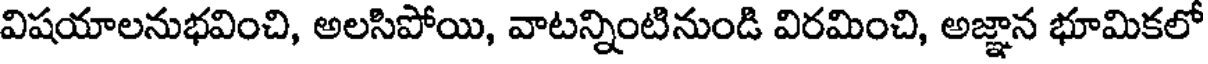
విషయాలనుభవించి, అలసిపోయి, వాటన్నింటినుండి విరమించి, అజ్ఞాన భూమికలో